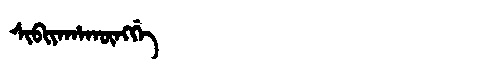
Manchu: ᠰᡳᠪᡳᠶᠠᡥᠠᡴᡡᠩᡤᡝ
Romanization: SIBIYAHAKŪNGGE